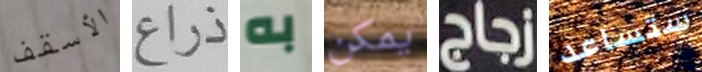
الأسقف ذراع به يمكن زجاج ستساعد